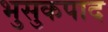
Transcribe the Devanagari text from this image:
भुसुकपाद